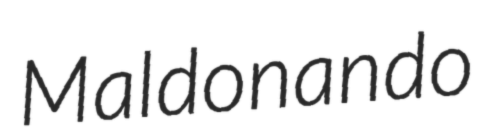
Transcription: Maldonando